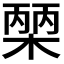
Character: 𭫒